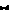
r